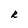
Character: R